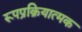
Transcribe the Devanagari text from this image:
रूपप्रक्रियात्मक